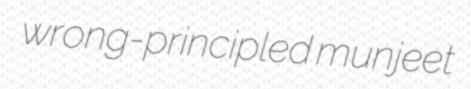
wrong-principled munjeet